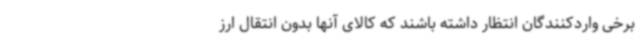
برخی واردکنندگان انتظار داشته باشند که کالای آنها بدون انتقال ارز